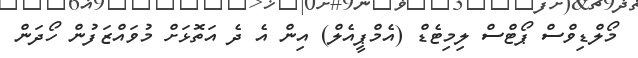
މޯލްޑިވްސް ޕޯޓްސް ލިމިޓެޑް (އެމްޕީއެލް) އިން އެ ދެ އަތޮޅަށް މުވައްޒަފުން ހޯދަން